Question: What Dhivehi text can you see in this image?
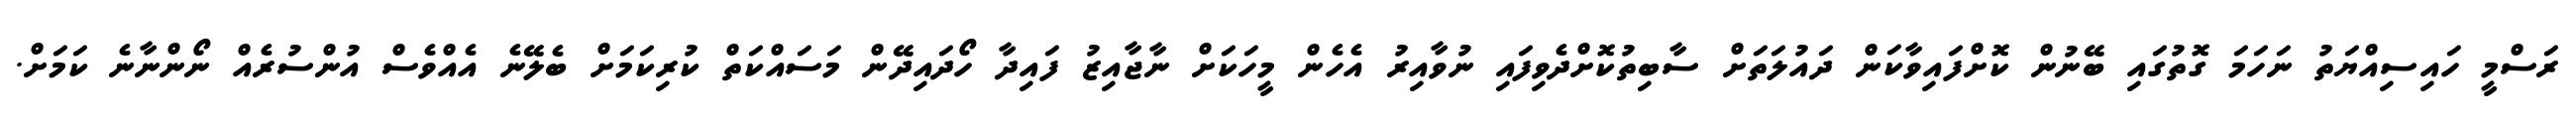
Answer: ރަސްމީ ހައިސިއްޔަތު ނަހަމަ ގޮތުގައި ބޭނުން ކޮށްފައިވާކަން ދައުލަތަށް ސާބިތުކޮށްދެވިފައި ނުވާއިރު އެހެން މީހަކަށް ނާޖާއިޒު ފައިދާ ހޯދައިދޭން މަސައްކަތް ކުރިކަމަށް ބެލޭނެ އެއްވެސް އުންސުރެއް ނޯންނާނެ ކަމަށް.